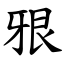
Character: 㸧